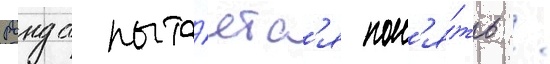
Ронда пыта́етс'я пон'я́ть /